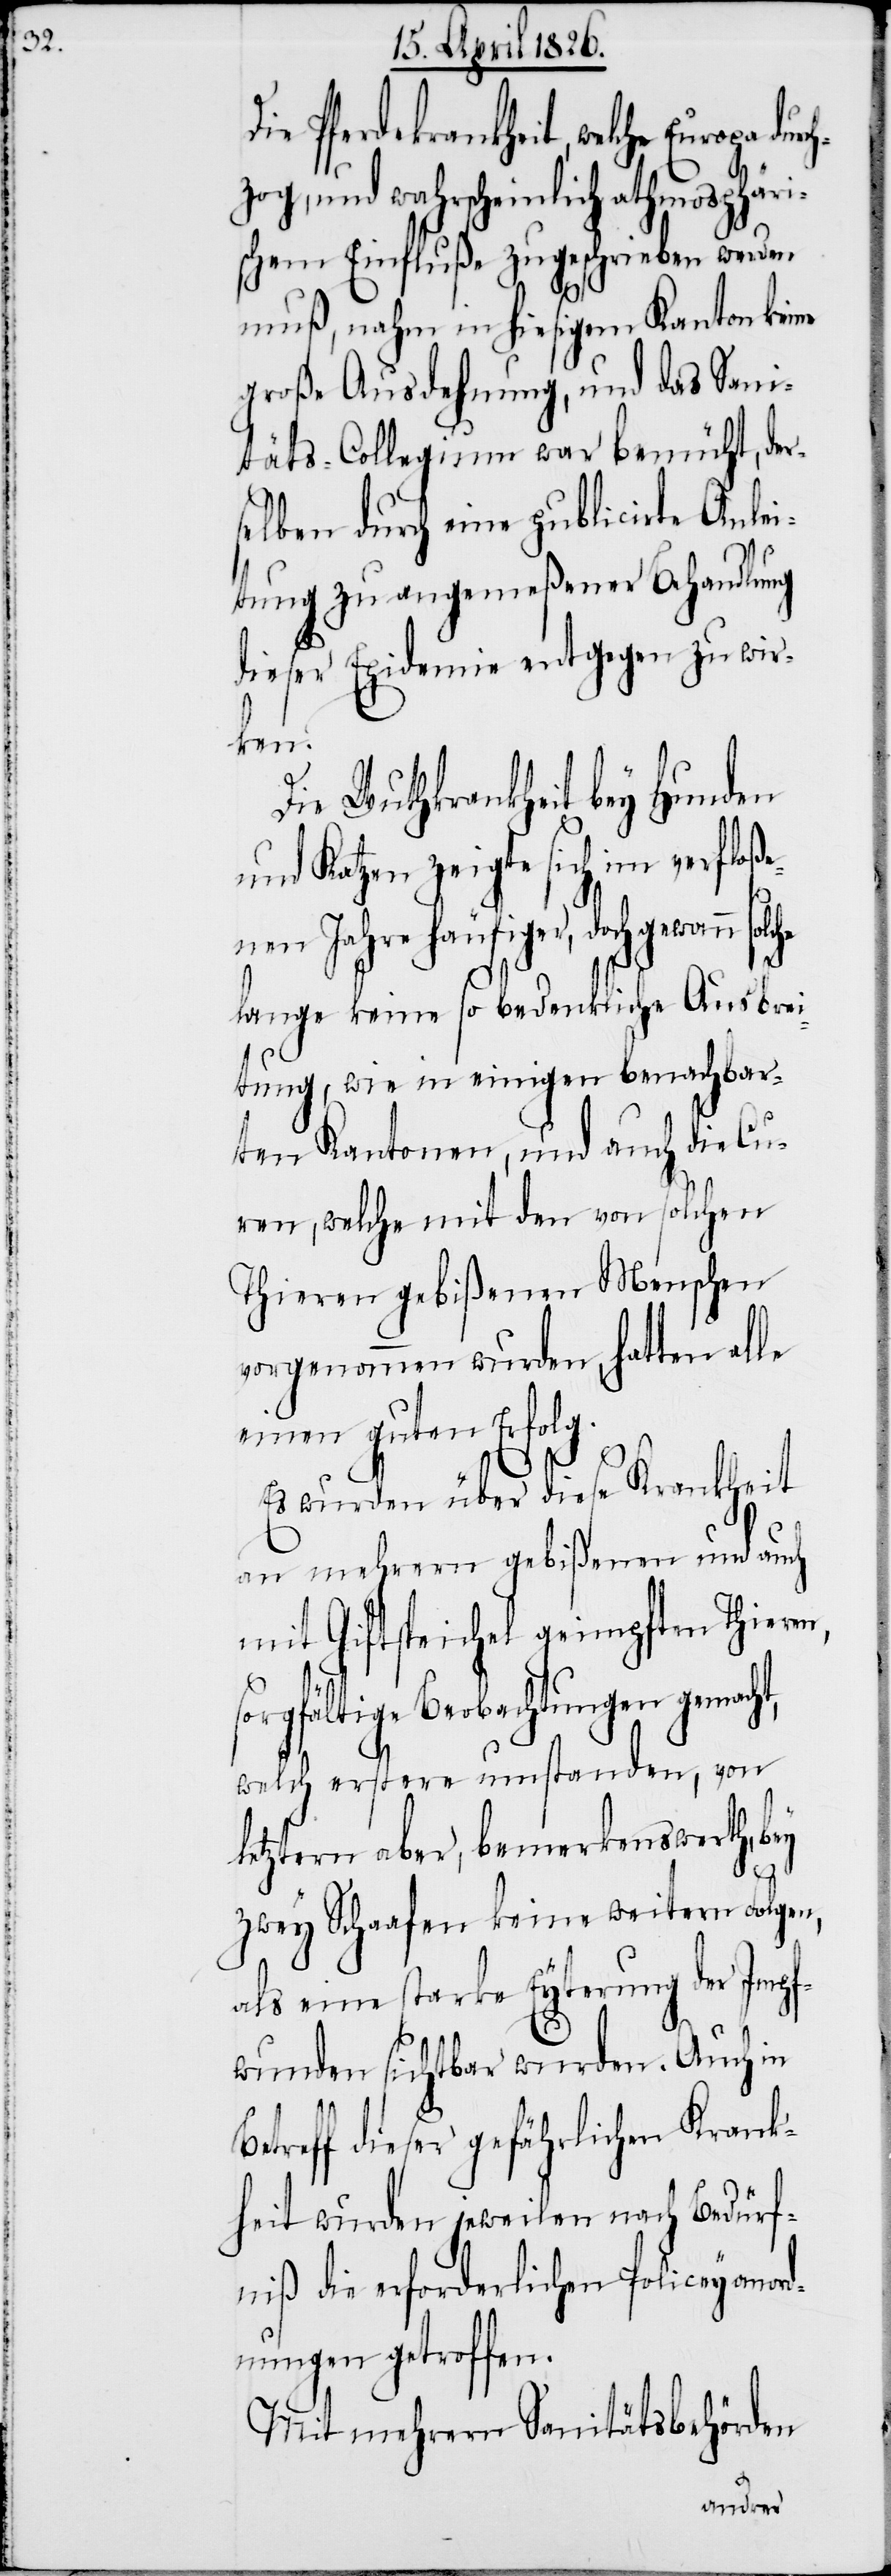
Die Pferdekrankheit,
t,
zog, und wahrscheinlich athmosphäri¬
schem Einfluße zugeschrieben werden
muß, nahm in hiesigem Kanton keine
große Ausdehnung, und das San¬
itäts-Collegium war bemüht, der¬
selben durch eine publicirte Anlei¬
tung zu angemeßener Behandlung
dieser Epidemie entgegen zu wir¬
ken.
Die Wuthkrankheit bey Hunden
und Katzen zeigte sich im verfloße¬
nen Jahre häufiger, doch gewann
lange keine so bedenkliche Ausbrei¬
tung, wie in einigen benachbar¬
ten Kantonen, und auch die Cu¬
ren, welche mit den von solchen
Thieren gebißenen Menschen
vorgenommen wurden, hatten alle
einen guten Erfolg.
Es wurden über diese Krankheit
an mehrern Gebißen und auch
mit Giftspeichel geimpften Thieren,
sorgfältige Beobachtungen gemach¬
welch erstere umstanden, von
letztern aber, bemerkenswerth, bey
zwey Schaafen keine weitern Folgen
als eine starke Eyterung der Impf¬
wunden sichtbar wurde. Auch in
Betreff dieser gefährlichen Krank¬
heit wurden jeweilen nach Bedürf¬
niß die erforderlichen Policeyanord¬
nungen getroffen.
Mit mehrern Sanitätsbehörden